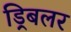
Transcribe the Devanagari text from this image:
ड्रिबलर